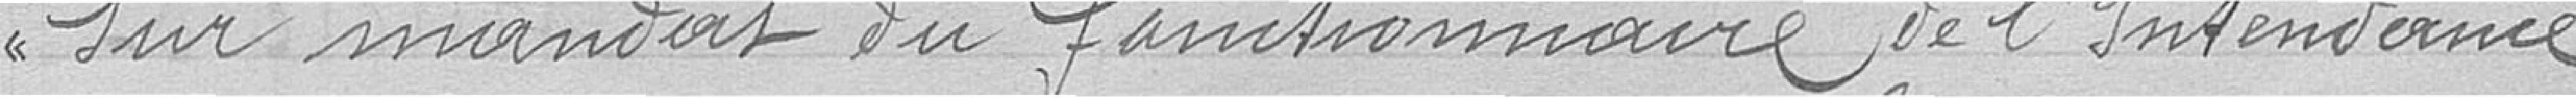
sur mandat du fonctionnaire de l'Intendance